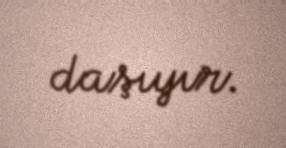
daşıyır.